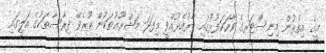
މީގެ އިތުރުން މިނިސްޓަރގެ ވާހަކަފުޅުގައި ބާރުއެޅުއްވީ މިފަދަ މަޝްރޫޢުތަކުން ކުރެވޭ ދިރާސާތަކުގެ އަލީގައި